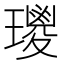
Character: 𤪀